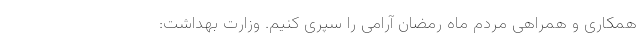
همکاری و همراهی مردم ماه رمضان آرامی را سپری کنیم. وزارت بهداشت: